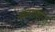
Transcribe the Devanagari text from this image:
खेळगाणी